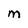
Character: m